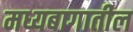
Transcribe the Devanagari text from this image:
मध्यबागातील